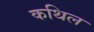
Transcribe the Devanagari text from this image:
कथिल